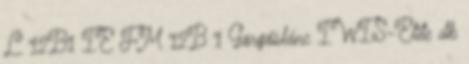
L 12B1 IE FM 12B 1 Görgőslánc IWIS-Elite db